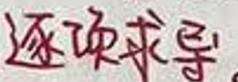
逐项求导